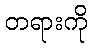
တရားကို